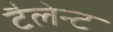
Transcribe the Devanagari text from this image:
टैलेन्ट